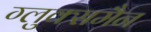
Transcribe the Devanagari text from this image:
ग्लुक्समैन